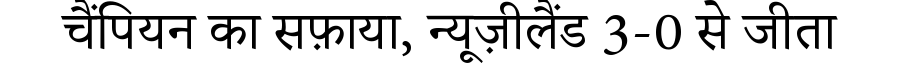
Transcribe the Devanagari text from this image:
चैंपियन का सफ़ाया, न्यूज़ीलैंड 3-0 से जीता